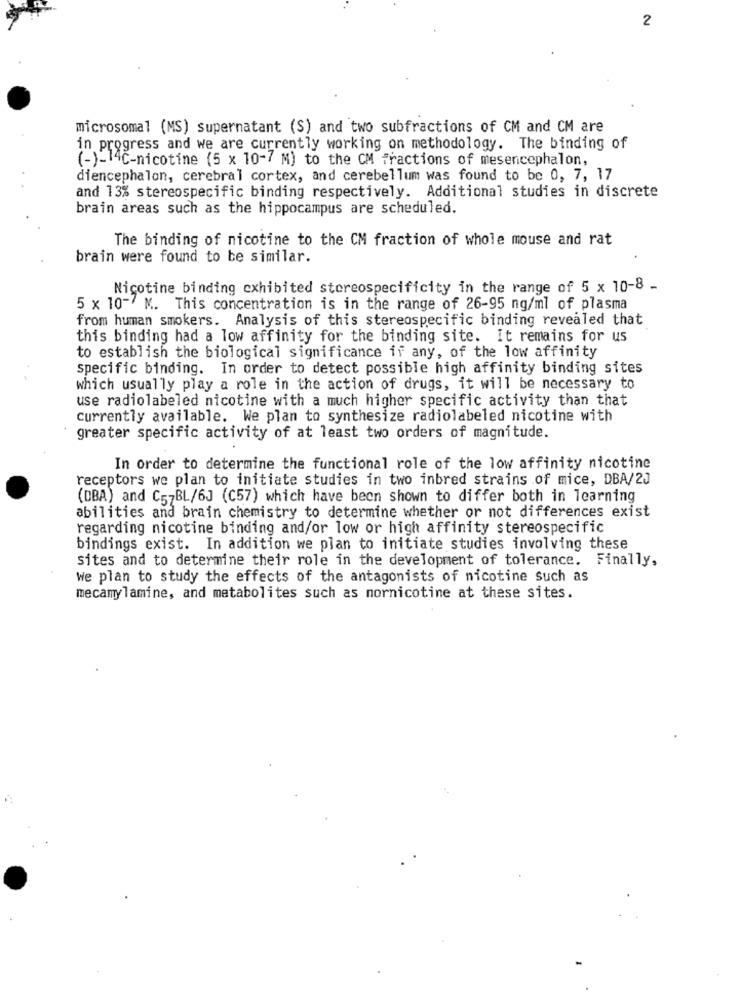
2
microsomal (MS) supernatant (S) and two subfractions of CM and CM are
in progress and we are currently working on methodology. The binding of
(-)-14℃-nicotine (5 x 10-7 M) to the CM fractions of mesencephalon,
diencephalon, cerebral cortex, and cerebellum was found to be 0, 7, 17
and 13% stereospecific binding respectively. Additional studies in discrete
brain areas such as the hippocampus are scheduled.
The binding of nicotine to the CM fraction of whole mouse and rat
brain were found to be similar.
Nicotine binding exhibited stereospecificity in the range of 5 x 10-8 -
5 x 10~/ M. This concentration is in the range of 26-95 ng/ml of plasma
from human smokers. Analysis of this stereospecific binding revealed that
this binding had a low affinity for the binding site. It remains for us
to establish the biological significance if any, of the low affinity
specific binding. In order to detect possible high affinity binding sites
which usually play a role in the action of drugs, it will be necessary to
use radiolabeled nicotine with a much higher specific activity than that
currently available. We plan to synthesize radiolabeled nicotine with
greater specific activity of at least two orders of magnitude.
In order to determine the functional role of the low affinity nicotine
receptors we plan to initiate studies in two inbred strains of mice, DBA/2J
(DBA) and C57BL/6J (C57) which have been shown to differ both in learning
abilities and brain chemistry to determine whether or not differences exist
regarding nicotine binding and/or low or high affinity stereospecific
bindings exist. In addition we plan to initiate studies involving these
sites and to determine their role in the development of tolerance. Finally,
We plan to study the effects of the antagonists of nicotine such as
mecamylamine, and metabolites such as nornicotine at these sites.